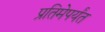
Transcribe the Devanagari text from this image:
प्रतिमेपर्यंत